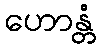
ဟောန္တံ